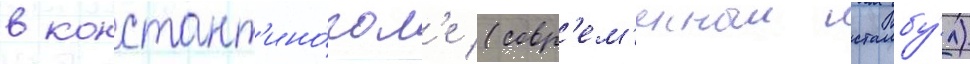
в констант'ино́пол'е (совр'ем'енныи стамбу́л)